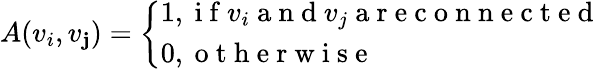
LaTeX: A(v_{i},v_{\mathbf{j}})=\left\{ \begin{array}{l}{1,\mathrm{~i~f~}v_{i}\mathrm{~a~n~d~}v_{j}\mathrm{~a~r~e~c~o~n~n~e~c~t~e~d~}}\\ {0,\mathrm{~o~t~h~e~r~w~i~s~e~}}\end{array}\right.